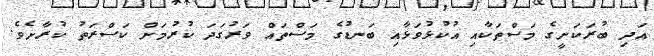
އަދި ބުރަކަށީގެ މަސްތަކާއި އުކުޅުވަޅާއި ބަނޑުގެ މަސްތައް ވަރުގަދަ ކުރުމަށް ކަސްރަތު ކުރާށެވެ.